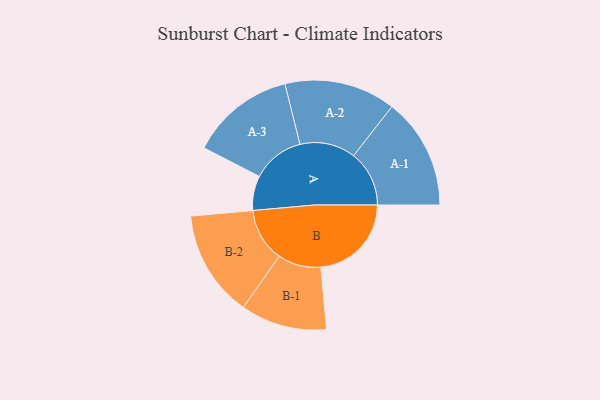
{"axis": {"x": "Segment", "y": "Value"}, "legend": ["", "A", "B"], "data": [{"x": "A", "y": 174, "type": ""}, {"x": "B", "y": 456, "type": ""}, {"x": "A-1", "y": 280, "type": "A"}, {"x": "A-2", "y": 280, "type": "A"}, {"x": "A-3", "y": 263, "type": "A"}, {"x": "B-1", "y": 217, "type": "B"}, {"x": "B-2", "y": 269, "type": "B"}]}